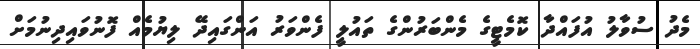
މެދު ސުވާލު އުފައްދާ ކޮމެޓީގެ މެންބަރުންގެ ތައުލީ ފެންވަރު އަންގައިދޭ ލިޔުމެއް ފޮނުވައިދިނުމަށް